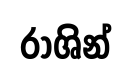
රාශින්